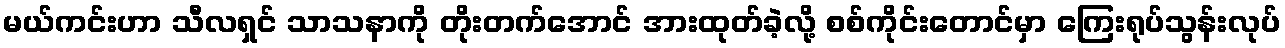
မယ်ကင်းဟာ သီလရှင် သာသနာကို တိုးတက်အောင် အားထုတ်ခဲ့လို့ စစ်ကိုင်းတောင်မှာ ကြေးရုပ်သွန်းလုပ်